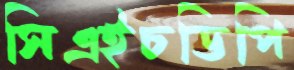
সিএইচডিপি